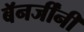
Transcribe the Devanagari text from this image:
बॅनर्जींनी